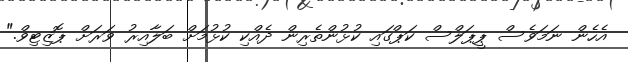
އެހެން ނަމަވެސް ޕީޕަލްސް ކަޕްގައި ކުޅުންތެރިން ދެއްކި ކުޅުމަށް ބަލާއިރު ވަރަށް ޕޮޒިޓިވް."